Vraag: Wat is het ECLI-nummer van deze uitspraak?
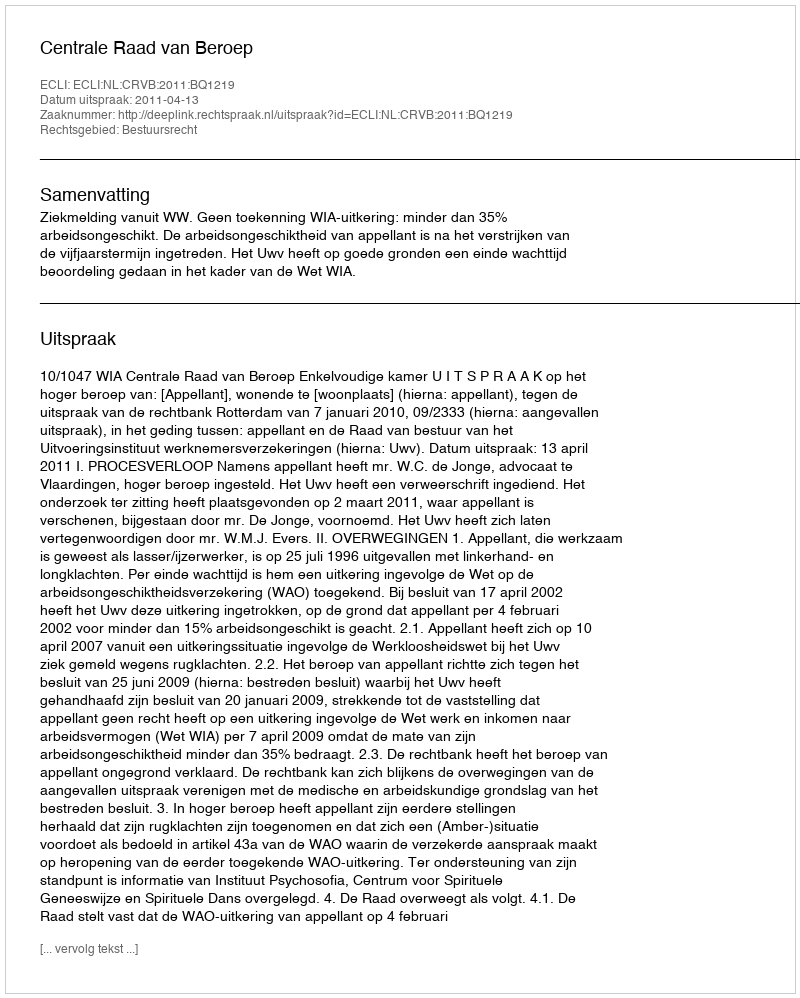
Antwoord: ECLI:NL:CRVB:2011:BQ1219